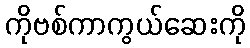
ကိုဗစ်ကာကွယ်ဆေးကို